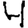
Digit: 4